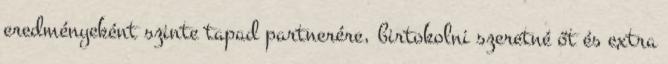
eredményeként szinte tapad partnerére, birtokolni szeretné őt és extra